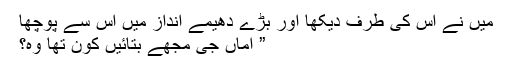
میں نے اس کی طرف دیکھا اور بڑے دھیمے انداز میں اس سے پوچھا
” اماں جی مجھے بتائیں کون تھا وہ؟